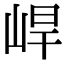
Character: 𡷛